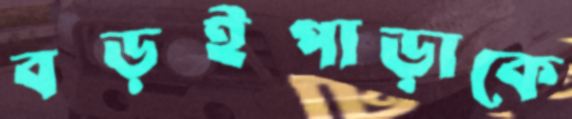
বড়ইপাড়াকে